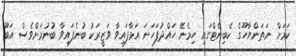
ކަމަށް ނަތަންޔާހޫގެ ކެބިނެޓްގައި ހިމެނޭ ހައްދުފަހަނަ އަޅާފައިވާ ވަޒީރަކު ބުނެފައިވާ ބުނުމަށްވެސް އަބޫ